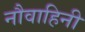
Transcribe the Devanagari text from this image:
नौवाहिनी